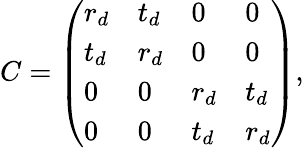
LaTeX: C=\left(\begin{array}{llll}{r_{d}}&{t_{d}}&{0}&{0}\\ {t_{d}}&{r_{d}}&{0}&{0}\\ {0}&{0}&{r_{d}}&{t_{d}}\\ {0}&{0}&{t_{d}}&{r_{d}}\end{array}\right),